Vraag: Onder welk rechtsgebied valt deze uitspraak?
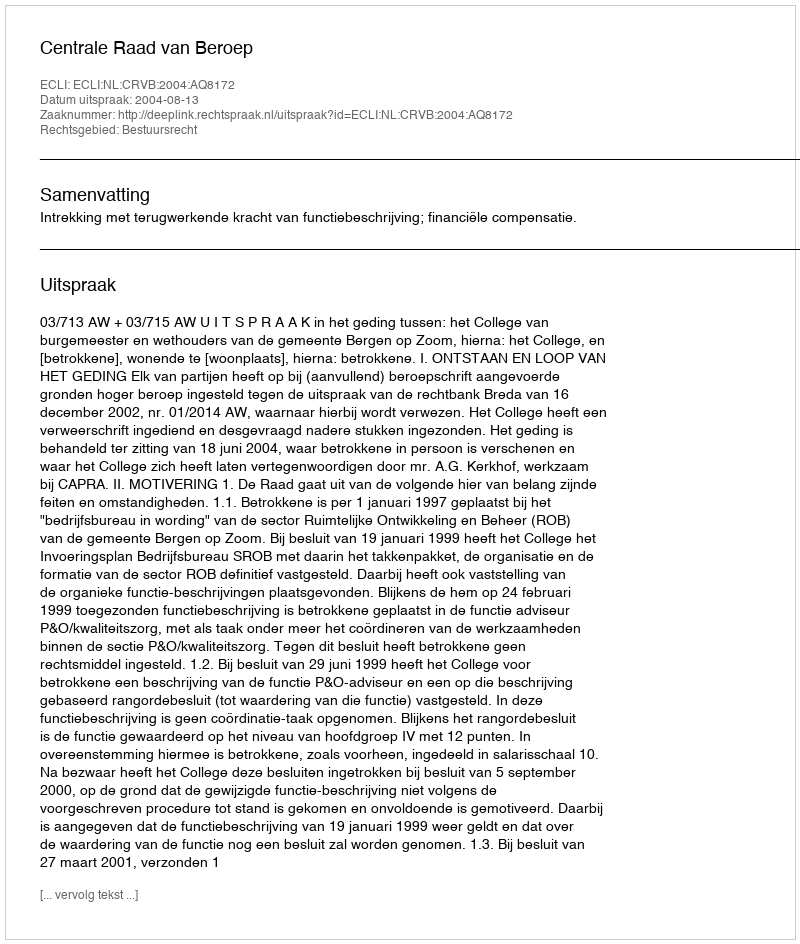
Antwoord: Bestuursrecht